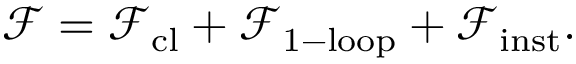
\mathcal { F } = { \mathcal { F } } _ { \mathrm { c l } } + { \mathcal { F } } _ { \mathrm { 1 - l o o p } } + { \mathcal { F } } _ { \mathrm { i n s t } } .